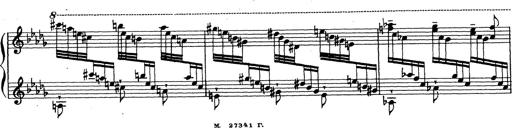
Title: Ballade No.1
Composer: Richard St. Clair